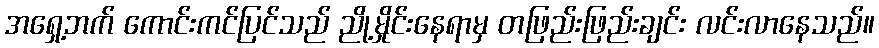
အရှေ့ဘက် ကောင်းကင်ပြင်သည် ညို့မှိုင်းနေရာမှ တဖြည်းဖြည်းချင်း လင်းလာနေသည်။